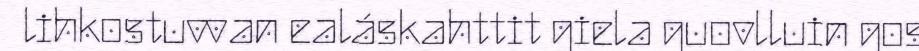
lihkostuvvan ealáskahttit giela guovlluin gos